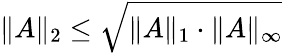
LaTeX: \| A\| _{2}\le\sqrt{\| A\| _{1}\cdot\| A\| _{\infty}}